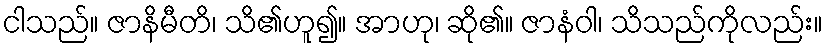
ငါသည်။ ဇာနိမီတိ၊ သိ၏ဟူ၍။ အာဟု၊ ဆို၏။ ဇာနံဝါ၊ သိသည်ကိုလည်း။